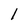
Character: 1